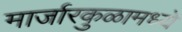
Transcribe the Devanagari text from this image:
मार्जारकुळामध्ये